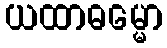
ယထာဓမ္မော